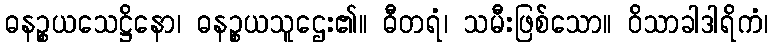
ဓနဉ္စယသေဋ္ဌိနော၊ ဓနဉ္စယသူဌေး၏။ ဓီတရံ၊ သမီးဖြစ်သော။ ဝိသာခါဒါရိကံ၊